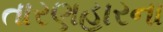
તારણહારના